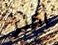
أكثر